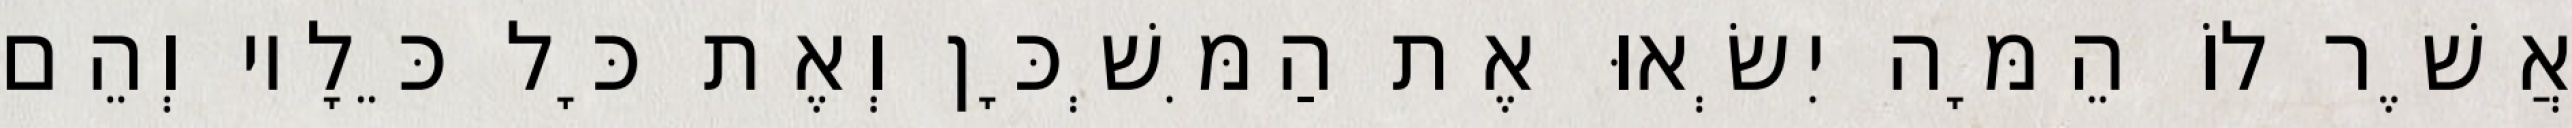
אֲשֶׁר לוֹ הֵמָּה יִשְׂאוּ אֶת הַמִּשְׁכָּן וְאֶת כָּל כֵּלָיו וְהֵם